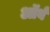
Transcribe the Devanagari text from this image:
ऑर्ब